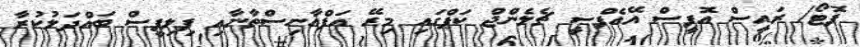
ފޮޓޯ/ ރައީސް އޮފީސް އޭއެފްސީ ޗެލެންޖް ކަޕްގައި މިރޭ އަފްޣާނިސްތާނާއި ފިލިޕީސް ބައްދަލުކުރާ